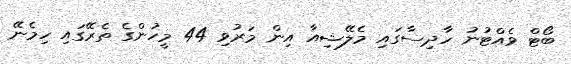
ބޯޓް ވެއްޓުނު ހާދިސާގައި މެލޭޝިއާ އިން މަރުވި 44 މީހުންގެ ތެރޭގައި ހިމެނޭ